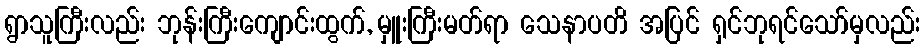
ရွာသူကြီးလည်း ဘုန်းကြီးကျောင်းထွက်, မှူးကြီးမတ်ရာ သေနာပတိ အပြင် ရှင်ဘုရင်သော်မှလည်း